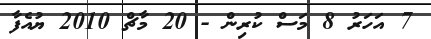
7 އަހަރު 8 މަސް ކުރިން - 20 މާޗް 2010 ޔުއެފާ